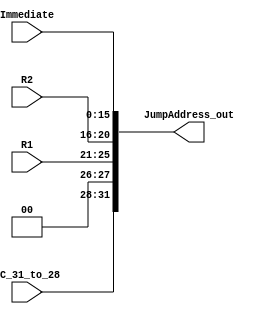
`timescale 1ns / 1ns
//////////////////////////////////////////////////////////////////////////////////
// Company: 
// Engineer: 
// 
// Design Name: 
// Module Name:    JumpAddress 
// Project Name: 
// Target Devices: 
// Tool versions: 
// Description: 
//
// Dependencies: 
//
// Revision: 
// Revision 0.01 - File Created
// Additional Comments: 
//
//////////////////////////////////////////////////////////////////////////////////
module JumpAddress(
	input [3:0] PC_31_to_28,
	input [4:0] R1, R2,
	input [15:0] Immediate,
	output [31:0] JumpAddress_out
);

	assign JumpAddress_out = {PC_31_to_28, 2'd0, R1, R2, Immediate};

endmodule